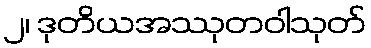
၂၊ ဒုတိယအဿုတဝါသုတ်